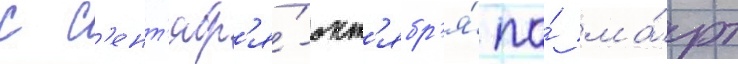
с с'ент'ябр'я́-окт'ябр'я́ по́ ма́рт